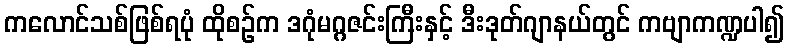
ကလောင်သစ်ဖြစ်ရပုံ ထိုစဉ်က ဒဂုံမဂ္ဂဇင်းကြီးနှင့် ဒီးဒုတ်ဂျာနယ်တွင် ကဗျာကဏ္ဍပါ၍